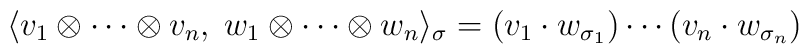
\langle v_1\otimes\cdots\otimes v_n,\;        w_1\otimes\cdots\otimes w_n \rangle_{\sigma}=(v_1\cdot w_{\sigma_1})\cdots(v_n\cdot w_{\sigma_n})